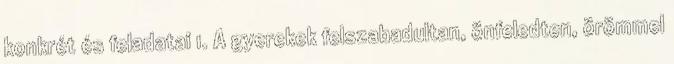
konkrét és feladatai 1. A gyerekek felszabadultan, önfeledten, örömmel